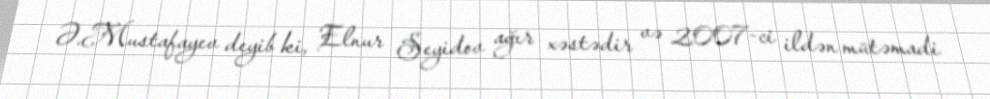
Ə.Mustafayev deyib ki, Elnur Seyidov ağır xəstədir və 2007-ci ildən mütəmadi